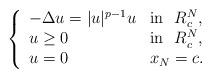
LaTeX: \begin{align*}\left\{\begin{array}{ll}-\Delta u=|u|^{p-1}u & \mbox{in}\ \ R^N_c,\\u\geq 0 & \mbox{in}\ \ R^N_c,\\u=0 & x_N=c.\end{array}\right.\end{align*}